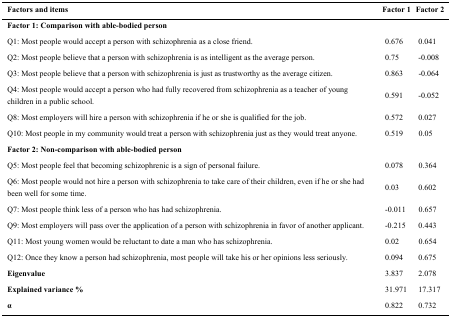
<table><thead><tr><td><b>Factors and items</b></td><td><b>Factor 1</b></td><td><b>Factor 2</b></td></tr></thead><tbody><tr><td><b>Factor 1: Comparison with able-bodied person</b></td><td></td><td></td></tr><tr><td>Q1: Most people would accept a person with schizophrenia as a close friend.</td><td>0.676</td><td>0.041</td></tr><tr><td>Q2: Most people believe that a person with schizophrenia is as intelligent as the average person.</td><td>0.75</td><td>-0.008</td></tr><tr><td>Q3: Most people believe that a person with schizophrenia is just as trustworthy as the average citizen.</td><td>0.863</td><td>-0.064</td></tr><tr><td>Q4: Most people would accept a person who had fully recovered from schizophrenia as a teacher of young children in a public school.</td><td>0.591</td><td>-0.052</td></tr><tr><td>Q8: Most employers will hire a person with schizophrenia if he or she is qualified for the job.</td><td>0.572</td><td>0.027</td></tr><tr><td>Q10: Most people in my community would treat a person with schizophrenia just as they would treat anyone.</td><td>0.519</td><td>0.05</td></tr><tr><td><b>Factor 2: Non-comparison with able-bodied person</b></td><td></td><td></td></tr><tr><td>Q5: Most people feel that becoming schizophrenic is a sign of personal failure.</td><td>0.078</td><td>0.364</td></tr><tr><td>Q6: Most people would not hire a person with schizophrenia to take care of their children, even if he or she had been well for some time.</td><td>0.03</td><td>0.602</td></tr><tr><td>Q7: Most people think less of a person who has had schizophrenia.</td><td>-0.011</td><td>0.657</td></tr><tr><td>Q9: Most employers will pass over the application of a person with schizophrenia in favor of another applicant.</td><td>-0.215</td><td>0.443</td></tr><tr><td>Q11: Most young women would be reluctant to date a man who has schizophrenia.</td><td>0.02</td><td>0.654</td></tr><tr><td>Q12: Once they know a person had schizophrenia, most people will take his or her opinions less seriously.</td><td>0.094</td><td>0.675</td></tr><tr><td><b>Eigenvalue</b></td><td>3.837</td><td>2.078</td></tr><tr><td><b>Explained variance %</b></td><td>31.971</td><td>17.317</td></tr><tr><td><b>α</b></td><td>0.822</td><td>0.732</td></tr></tbody></table>